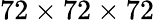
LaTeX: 72\times 72\times 72